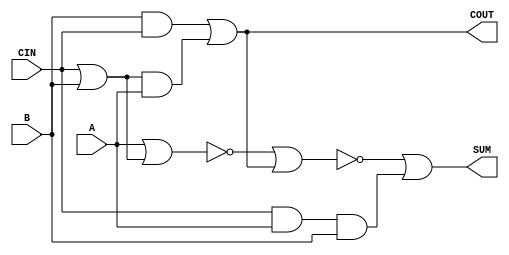
module sky130_fd_sc_lp__fa_7 (
    COUT,
    SUM ,
    A   ,
    B   ,
    CIN
);
    output COUT;
    output SUM ;
    input  A   ;
    input  B   ;
    input  CIN ;
    wire or0_out     ;
    wire and0_out    ;
    wire and1_out    ;
    wire and2_out    ;
    wire nor0_out    ;
    wire nor1_out    ;
    wire or1_out_COUT;
    wire or2_out_SUM ;
    or  or0  (or0_out     , CIN, B            );
    and and0 (and0_out    , or0_out, A        );
    and and1 (and1_out    , B, CIN            );
    or  or1  (or1_out_COUT, and1_out, and0_out);
    buf buf0 (COUT        , or1_out_COUT      );
    and and2 (and2_out    , CIN, A, B         );
    nor nor0 (nor0_out    , A, or0_out        );
    nor nor1 (nor1_out    , nor0_out, COUT    );
    or  or2  (or2_out_SUM , nor1_out, and2_out);
    buf buf1 (SUM         , or2_out_SUM       );
endmodule